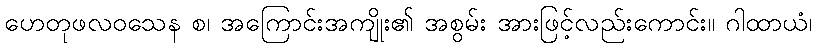
ဟေတုဖလဝသေန စ၊ အကြောင်းအကျိုး၏ အစွမ်း အားဖြင့်လည်းကောင်း။ ဂါထာယံ၊